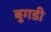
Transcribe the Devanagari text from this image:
बुगडी